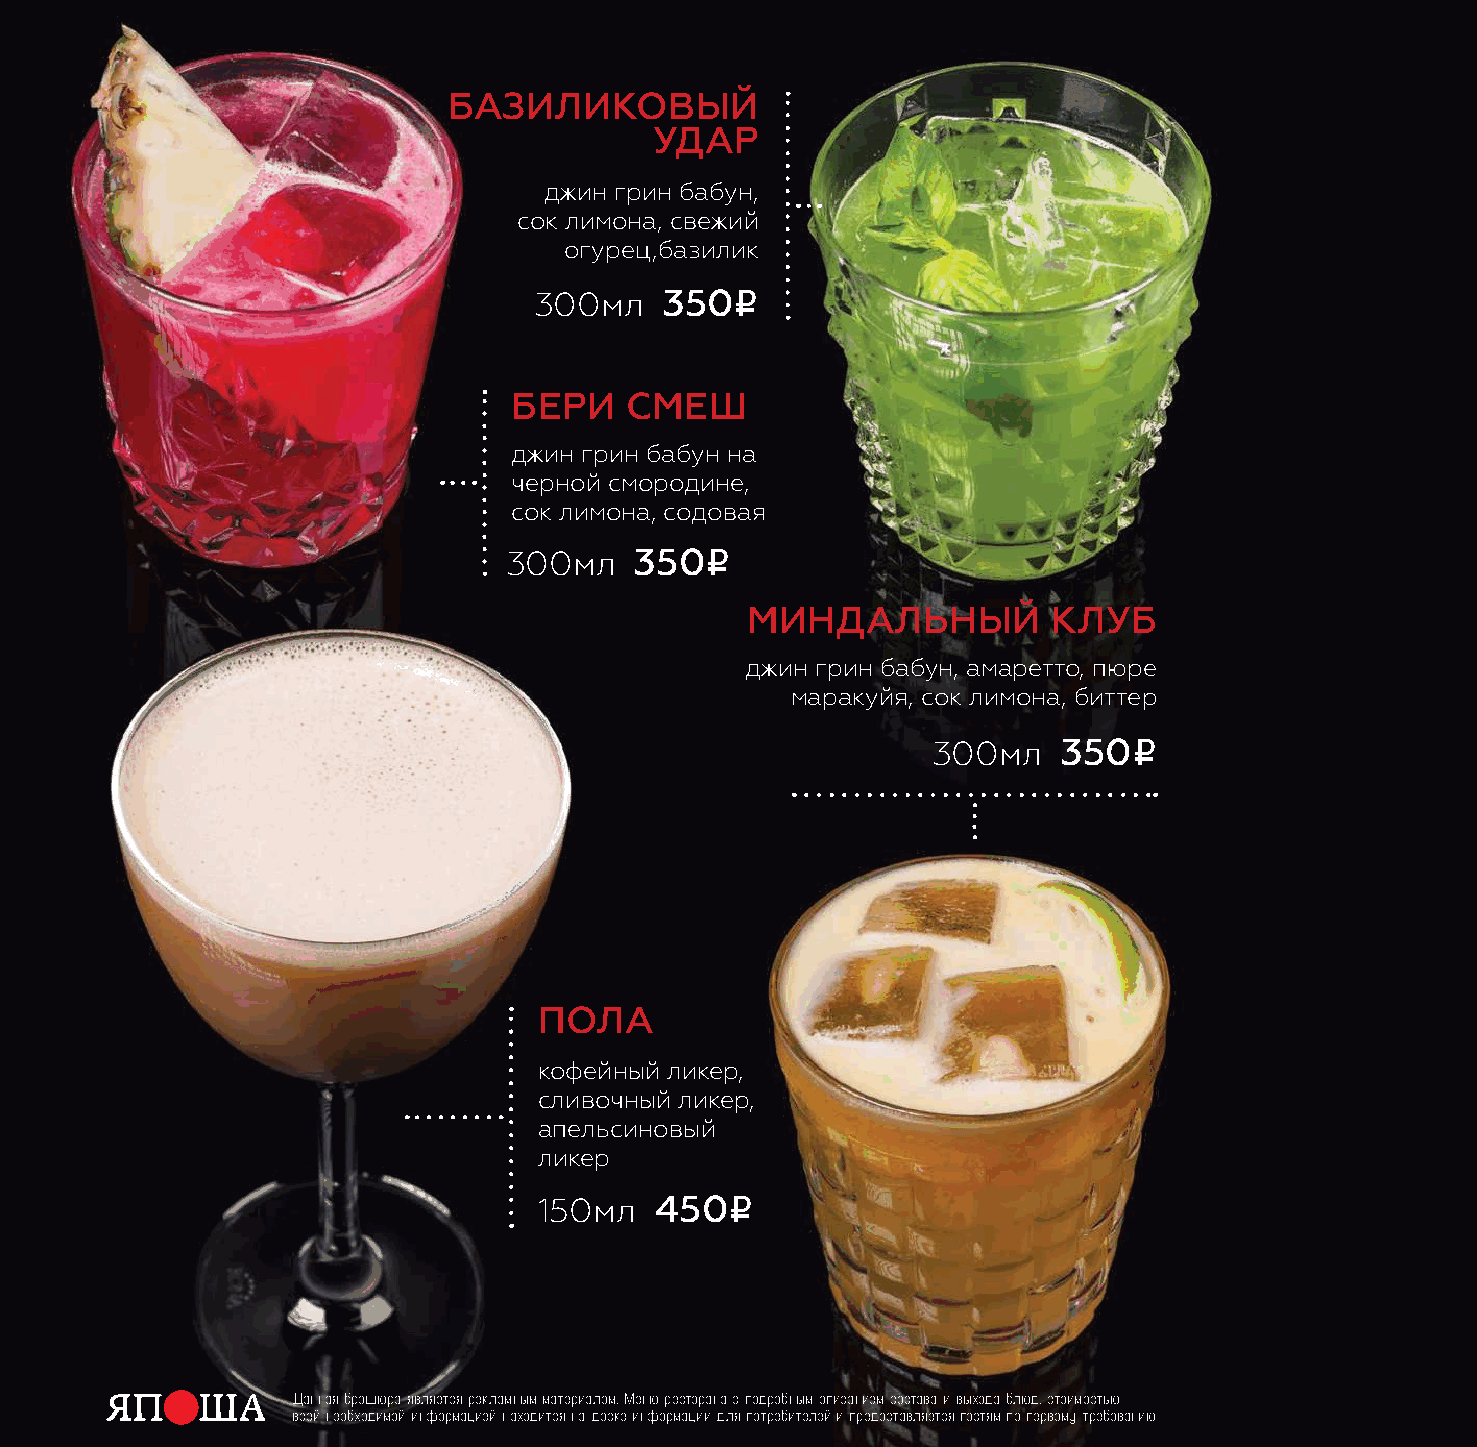
базиликовый
 удар
 джин грин бабун,
 сок лимона, свежий
 огурец,базилик
 i
 300мл    350
 бери   смеш
 джин грин бабун на
 черной смородине,
 сок лимона, содовая
 i
 300мл   350
 миндальный           клуб
 джин грин бабун, амаретто, пюре
 маракуйя, сок лимона, биттер
 i
 300мл   350
 пола
 кофейный ликер,
 сливочный ликер,
 апельсиновый
 ликер
 i
 150мл  450
 Данная брошюра является рекламным материалом. Меню ресторана с подробным описанием состава и выхода блюд, стоимостью
 всей необходимой информацией находится на доске информации для потребителей и предоставляется гостям по первому требованию